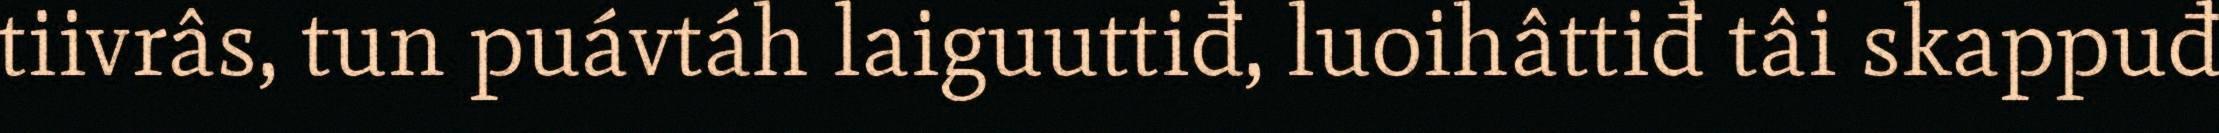
tiivrâs, tun puávtáh laiguuttiđ, luoihâttiđ tâi skappuđ